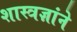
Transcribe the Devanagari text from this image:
शास्त्रज्ञांने